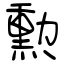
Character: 勲